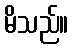
မိသည်။